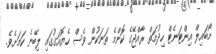
މޯބައިލް އިންޓަނެޓް ހިދުމަތް ރާއްޖޭގެ ކޮންމެ ތަނަކުން ވެސް ހެޔޮއަގުގައި ލިބޭނެ ކަމަށެވެ.